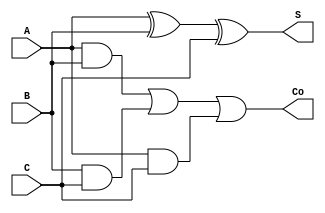
					 				//Initial Verilog program used for reference in the state-machine design
/*
module Full_Adder(
	input A,
	input B,
	input C,
	output Co,
	output S
	);

assign {Co, S} = C + A + B;	

endmodule
*/

`timescale 1ns/100ps

module Full_Adder_8bit(A,B,Cin,S,Co);

input [7:0]A;

input [7:0]B;

input Cin;
wire [6:0]C;

output Co;

output [7:0]S;

Full_Adder a1(A[0],B[0],Cin,S[0],C[0]);
Full_Adder a2(A[1],B[1],C[0],S[1],C[1]);
Full_Adder a3(A[2],B[2],C[1],S[2],C[2]);
Full_Adder a4(A[3],B[3],C[2],S[3],C[3]);
Full_Adder a5(A[4],B[4],C[3],S[4],C[4]);
Full_Adder a6(A[5],B[5],C[4],S[5],C[5]);
Full_Adder a7(A[6],B[6],C[5],S[6],C[6]);
Full_Adder a8(A[7],B[7],C[6],S[7],Co);

endmodule

module Full_Adder(A,B,C,S,Co);	  

input A;
input B;
input C;
output S;
output Co;
	

assign #1 S = A ^ B ^ C;
assign #0.5 Co = (A & B) | (B & C) | (A & C);


endmodule